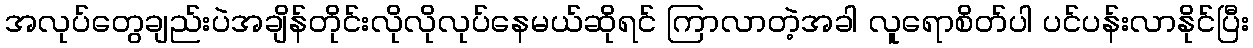
အလုပ်တွေချည်းပဲအချိန်တိုင်းလိုလိုလုပ်နေမယ်ဆိုရင် ကြာလာတဲ့အခါ လူရောစိတ်ပါ ပင်ပန်းလာနိုင်ပြီး